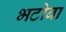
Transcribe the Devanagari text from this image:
भटोबा